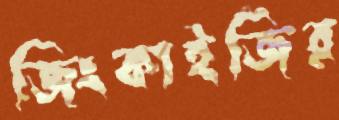
জিংকাইজির